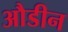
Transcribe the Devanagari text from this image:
औडीन